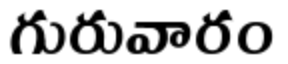
గురువారం